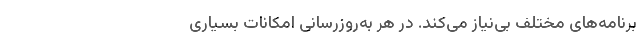
برنامه‌های مختلف بی‌نیاز می‌کند. در هر به‌روزرسانی امکانات بسیاری